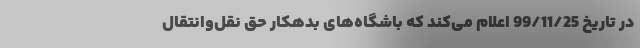
در تاریخ 99/11/25 اعلام می‌کند که باشگاه‌های بدهکار حق نقل‌وانتقال